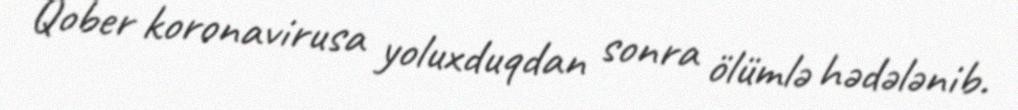
Qober koronavirusa yoluxduqdan sonra ölümlə hədələnib.